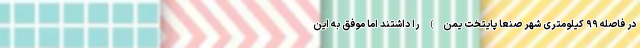
در فاصله ۹۹ کیلومتری شهر صنعا پایتخت یمن) را داشتند اما موفق به این